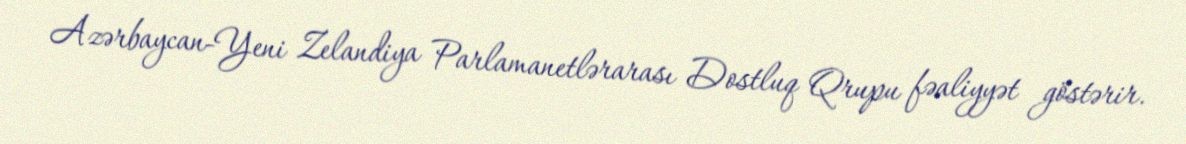
Azərbaycan-Yeni Zelandiya Parlamanetlərarası Dostluq Qrupu fəaliyyət göstərir.